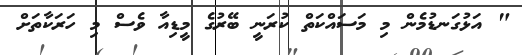
" އަޅުގަނޑުމެން މި މަސައްކަތް ކުރަނީ ބޭރުގެ މީޑިއާ ވެސް މި ހަރަކާތަށް